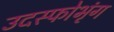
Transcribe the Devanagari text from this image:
उदस्फोभृंग